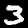
Digit: 3